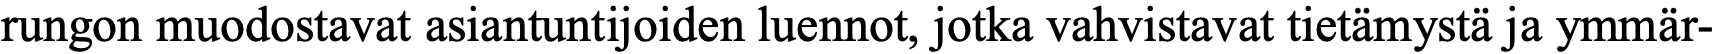
rungon muodostavat asiantuntijoiden luennot, jotka vahvistavat tietämystä ja ymmär-